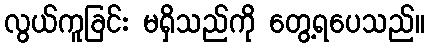
လွယ်ကူခြင်း မရှိသည်ကို တွေ့ရပေသည်။